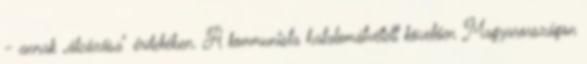
- annak „álcázása" érdekében. A kommunista hatalomátvételt követően Magyarországon